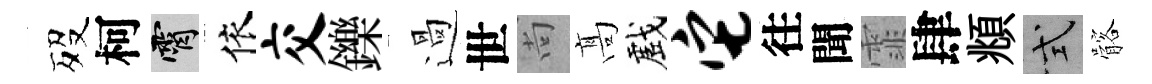
歿柯霄依交鑠過世尚髙戲它往聞霏肆頫式髂